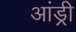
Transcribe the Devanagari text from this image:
आंड्री